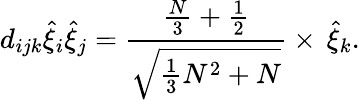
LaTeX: d_{ijk}\hat{\xi}_{i}\hat{\xi}_{j}=\frac{\frac{N}{3}+\frac{1}{2}}{\sqrt{\frac{1}{3}N^{2}+N}}\times\, \hat{\xi}_{k}.